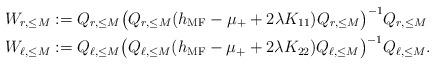
LaTeX: \begin{align*}W_{r,\le M}:=\;&Q_{r,\le M}\big( Q_{r,\le M}(h_\mathrm{MF}-\mu_++2\lambda K_{11})Q_{r,\le M} \big)^{-1}Q_{r,\le M}\\W_{\ell,\le M}:=\;&Q_{\ell,\le M}\big( Q_{\ell,\le M}(h_\mathrm{MF}-\mu_++2\lambda K_{22})Q_{\ell,\le M} \big)^{-1}Q_{\ell,\le M}.\end{align*}